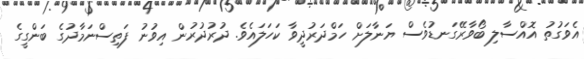
އެވަގުތު އޮއްސާލި ބޯވާރޭގަނޑުވެސް ޔަނާލަށް ހަމްދަރުދީވާ ކަހަލައެވެ. ދުުރުދުރުން އިވުނު ފަތިސްނަމާދުގެ ބަންގީގެ